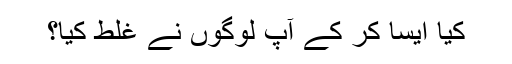
کیا ایسا کر کے آپ لوگوں نے غلط کیا؟